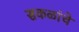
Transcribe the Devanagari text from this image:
सकळांचे